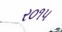
ર૦૧૫